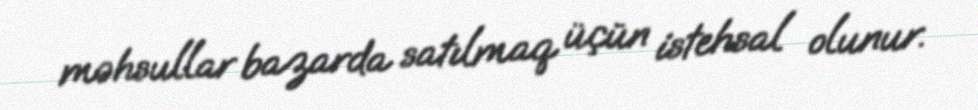
məhsullar bazarda satılmaq üçün istehsal olunur.